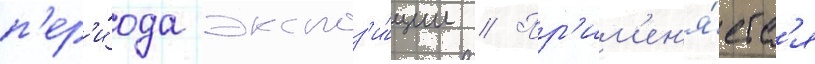
п'ер'и́ода экспоз'и́ции // Пр'им'ен'я́етс'я